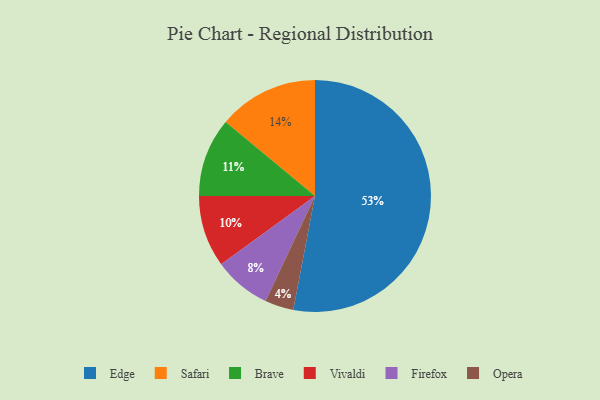
{"axis": {"x": "Category", "y": "Percentage"}, "legend": ["Brave", "Edge", "Firefox", "Opera", "Safari", "Vivaldi"], "data": [{"x": "Opera", "y": 4, "type": "Opera"}, {"x": "Firefox", "y": 8, "type": "Firefox"}, {"x": "Safari", "y": 14, "type": "Safari"}, {"x": "Brave", "y": 11, "type": "Brave"}, {"x": "Vivaldi", "y": 10, "type": "Vivaldi"}, {"x": "Edge", "y": 53, "type": "Edge"}]}